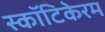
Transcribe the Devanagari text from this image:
स्कॉटिकेरम